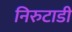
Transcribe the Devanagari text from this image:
निरुटाडी